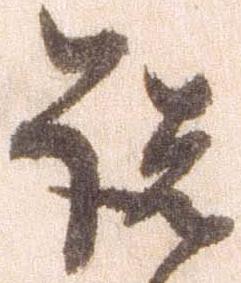
諸